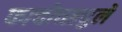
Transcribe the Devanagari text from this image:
फाचोच्सचुले